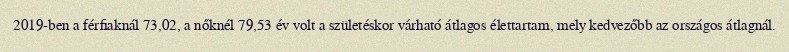
2019-ben a férfiaknál 73,02, a nőknél 79,53 év volt a születéskor várható átlagos élettartam, mely kedvezőbb az országos átlagnál.